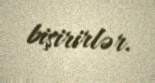
bişirirlər.